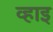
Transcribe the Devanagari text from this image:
व्हाइ